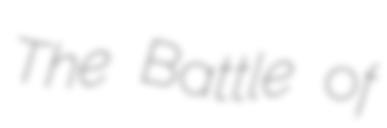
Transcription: The Battle of